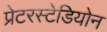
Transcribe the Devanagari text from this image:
प्रेटरस्टेडियोन